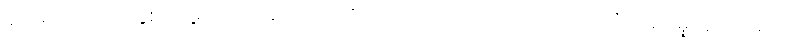
ရှင်မင်းအာက နှစ်လိုဖွယ်အပြုံးကို ပိုင်ဆိုင်ထားသလို ကိုယ့်ကိုယ်ကို ယုံကြည်မှုအပြည့်ရှိတဲ့